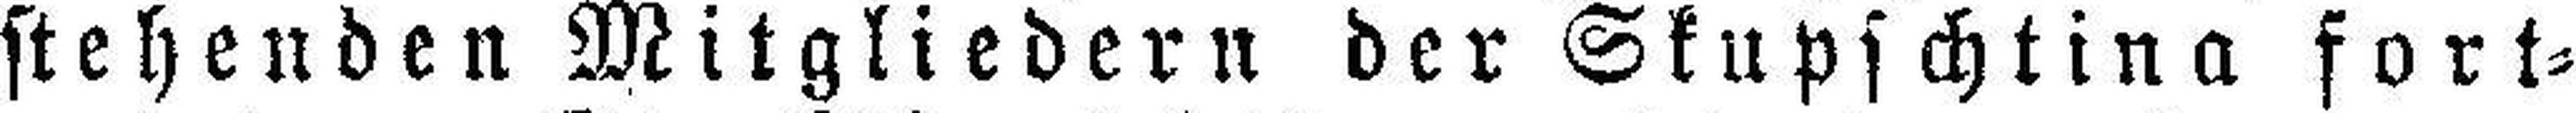
stehenden Mitgliedern der Skupschtina fort¬